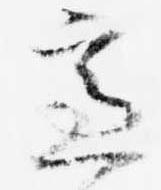
慮